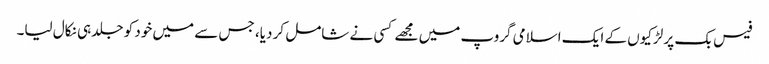
فیس بک پر لڑکیوں کے ایک اسلامی گروپ میں مجھے کسی نے شامل کر دیا، جس سے میں خود کو جلد ہی نکال لیا۔